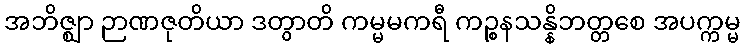
အဘိဇ္ဈာ ဉာဏဇုတိယာ ဒတွာတိ ကမ္မမကရီ ကဉ္စနသန္နိဘတ္တစေ အပက္ကမ္မ